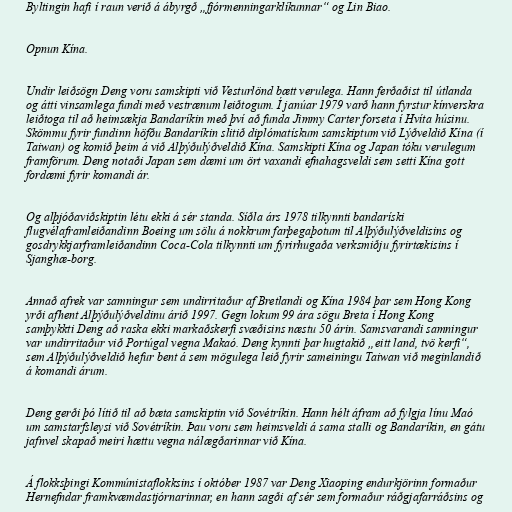
Byltingin hafi í raun verið á ábyrgð „fjórmenningarklíkunnar“ og Lin Biao.

Opnun Kína.

Undir leiðsögn Deng voru samskipti við Vesturlönd bætt verulega. Hann ferðaðist til útlanda
og átti vinsamlega fundi með vestrænum leiðtogum. Í janúar 1979 varð hann fyrstur kínverskra
leiðtoga til að heimsækja Bandaríkin með því að funda Jimmy Carter forseta í Hvíta húsinu.
Skömmu fyrir fundinn höfðu Bandaríkin slitið diplómatískum samskiptum við Lýðveldið Kína (í
Taiwan) og komið þeim á við Alþýðulýðveldið Kína. Samskipti Kína og Japan tóku verulegum
framförum. Deng notaði Japan sem dæmi um ört vaxandi efnahagsveldi sem setti Kína gott
fordæmi fyrir komandi ár.

Og alþjóðaviðskiptin létu ekki á sér standa. Síðla árs 1978 tilkynnti bandaríski
flugvélaframleiðandinn Boeing um sölu á nokkrum farþegaþotum til Alþýðulýðveldisins og
gosdrykkjarframleiðandinn Coca-Cola tilkynnti um fyrirhugaða verksmiðju fyrirtækisins í
Sjanghæ-borg.

Annað afrek var samningur sem undirritaður af Bretlandi og Kína 1984 þar sem Hong Kong
yrði afhent Alþýðulýðveldinu árið 1997. Gegn lokum 99 ára sögu Breta í Hong Kong
samþykkti Deng að raska ekki markaðskerfi svæðisins næstu 50 árin. Samsvarandi samningur
var undirritaður við Portúgal vegna Makaó. Deng kynnti þar hugtakið „eitt land, tvö kerfi“,
sem Alþýðulýðveldið hefur bent á sem mögulega leið fyrir sameiningu Taiwan við meginlandið
á komandi árum.

Deng gerði þó lítið til að bæta samskiptin við Sovétríkin. Hann hélt áfram að fylgja línu Maó
um samstarfsleysi við Sovétríkin. Þau voru sem heimsveldi á sama stalli og Bandaríkin, en gátu
jafnvel skapað meiri hættu vegna nálægðarinnar við Kína.

Á flokksþingi Kommúnistaflokksins í október 1987 var Deng Xiaoping endurkjörinn formaður
Hernefndar framkvæmdastjórnarinnar, en hann sagði af sér sem formaður ráðgjafarráðsins og